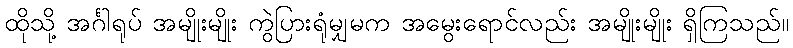
ထိုသို့ အင်္ဂါရုပ် အမျိုးမျိုး ကွဲပြားရုံမျှမက အမွေးရောင်လည်း အမျိုးမျိုး ရှိကြသည်။